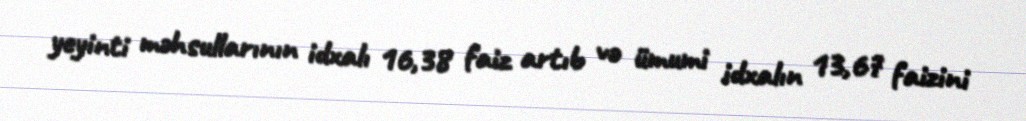
yeyinti məhsullarının idxalı 16,38 faiz artıb və ümumi idxalın 13,67 faizini